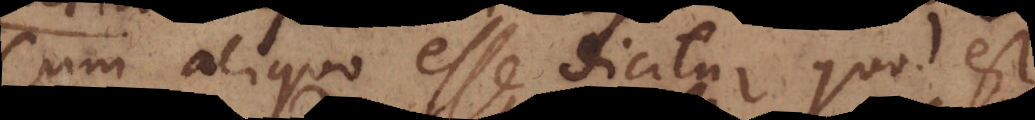
Cum aliquo esse dicitur quod est